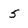
Character: 5